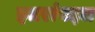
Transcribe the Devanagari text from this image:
इतरांबद्दल